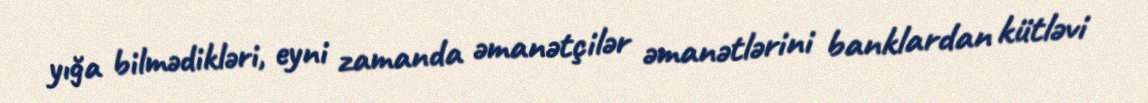
yığa bilmədikləri, eyni zamanda əmanətçilər əmanətlərini banklardan kütləvi